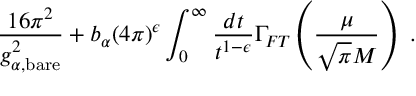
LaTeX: \frac { 1 6 \pi ^ { 2 } } { g _ { \alpha , { \scriptstyle \mathrm { b a r e } } } ^ { 2 } } + b _ { \alpha } ( 4 \pi ) ^ { \epsilon } \int _ { 0 } ^ { \infty } \frac { d t } { t ^ { 1 - \epsilon } } \Gamma _ { F T } \left( \frac { \mu } { \sqrt { \pi } M } \right) \ .